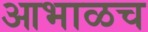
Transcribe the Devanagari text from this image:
आभाळच